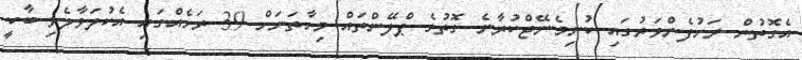
އެގޮތުން ރަށުފެންވަރުގައި ކުނިމެނޭޖްކުރާނެ ގޮތުގެ ޕްލޭންތައް މިހާތަނަށް 39 ރަށެއްގައި އެކުލަވާލެވި ބާކީ